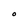
Character: O